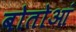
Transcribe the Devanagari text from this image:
बोतोआं